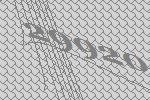
29920